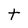
Character: t